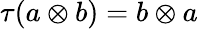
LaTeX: \tau(a\otimes b)=b\otimes a